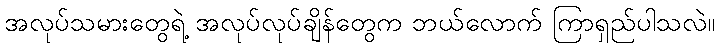
အလုပ်သမားတွေရဲ့ အလုပ်လုပ်ချိန်တွေက ဘယ်လောက် ကြာရှည်ပါသလဲ။